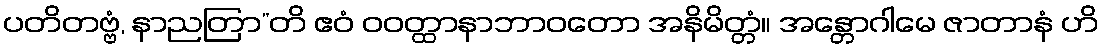
ပတိတဗ္ဗံ, နာညတြာ”တိ ဧဝံ ဝဝတ္ထာနာဘာဝတော အနိမိတ္တံ။ အန္တောဂါမေ ဇာတာနံ ဟိ